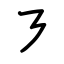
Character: ㇋